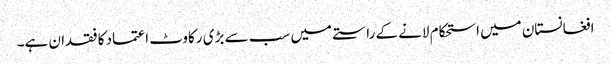
افغانستان میں استحکام لانے کے راستے میں سب سے بڑی رکاوٹ اعتماد کا فقدان ہے۔